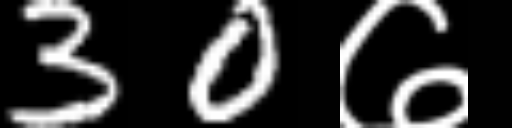
Text: 30७